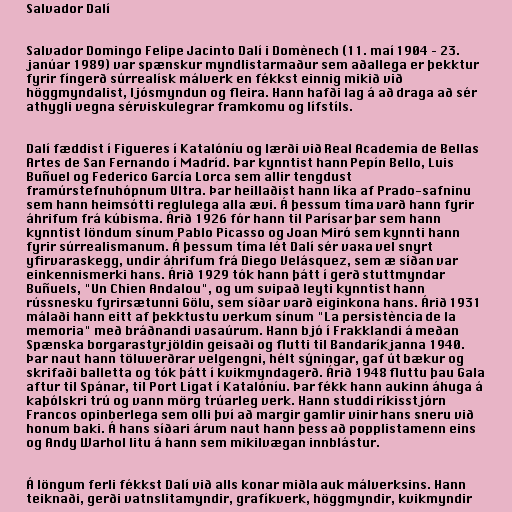
Salvador Dalí

Salvador Domingo Felipe Jacinto Dalí i Domènech (11. maí 1904 – 23.
janúar 1989) var spænskur myndlistarmaður sem aðallega er þekktur
fyrir fíngerð súrrealísk málverk en fékkst einnig mikið við
höggmyndalist, ljósmyndun og fleira. Hann hafði lag á að draga að sér
athygli vegna sérviskulegrar framkomu og lífstíls.

Dalí fæddist í Figueres í Katalóníu og lærði við Real Academia de Bellas
Artes de San Fernando í Madríd. Þar kynntist hann Pepín Bello, Luis
Buñuel og Federico García Lorca sem allir tengdust
framúrstefnuhópnum Ultra. Þar heillaðist hann líka af Prado-safninu
sem hann heimsótti reglulega alla ævi. Á þessum tíma varð hann fyrir
áhrifum frá kúbisma. Árið 1926 fór hann til Parísar þar sem hann
kynntist löndum sínum Pablo Picasso og Joan Miró sem kynnti hann
fyrir súrrealismanum. Á þessum tíma lét Dalí sér vaxa vel snyrt
yfirvaraskegg, undir áhrifum frá Diego Velásquez, sem æ síðan var
einkennismerki hans. Árið 1929 tók hann þátt í gerð stuttmyndar
Buñuels, "Un Chien Andalou", og um svipað leyti kynntist hann
rússnesku fyrirsætunni Gölu, sem síðar varð eiginkona hans. Árið 1931
málaði hann eitt af þekktustu verkum sínum "La persistència de la
memoria" með bráðnandi vasaúrum. Hann bjó í Frakklandi á meðan
Spænska borgarastyrjöldin geisaði og flutti til Bandaríkjanna 1940.
Þar naut hann töluverðrar velgengni, hélt sýningar, gaf út bækur og
skrifaði balletta og tók þátt í kvikmyndagerð. Árið 1948 fluttu þau Gala
aftur til Spánar, til Port Ligat í Katalóníu. Þar fékk hann aukinn áhuga á
kaþólskri trú og vann mörg trúarleg verk. Hann studdi ríkisstjórn
Francos opinberlega sem olli því að margir gamlir vinir hans sneru við
honum baki. Á hans síðari árum naut hann þess að popplistamenn eins
og Andy Warhol litu á hann sem mikilvægan innblástur.

Á löngum ferli fékkst Dalí við alls konar miðla auk málverksins. Hann
teiknaði, gerði vatnslitamyndir, grafíkverk, höggmyndir, kvikmyndir